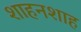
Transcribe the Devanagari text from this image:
शाहनशाह